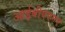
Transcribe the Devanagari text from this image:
आईबीएएमए